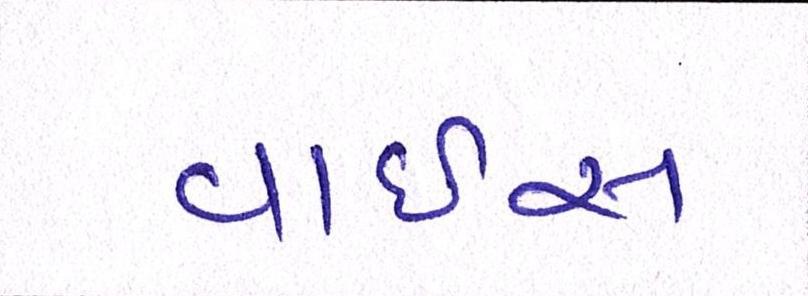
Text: વાઈસ